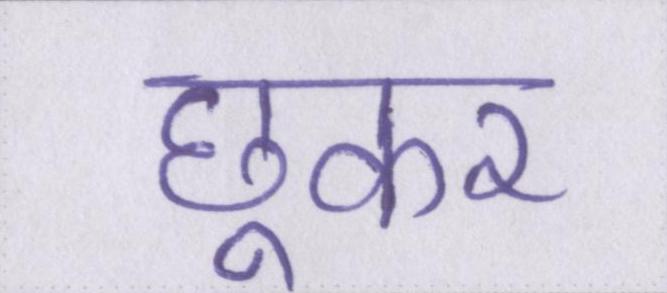
छूकर